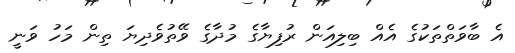
އެ ބާވަތްތަކުގެ އެއް ބިލިއަން ރުފިޔާގެ މުދާގެ ވޭތުވެދިޔަ ތިން މަހު ވަނީ